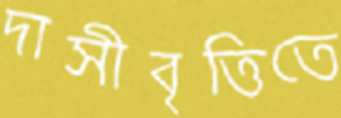
দাসীবৃত্তিতে